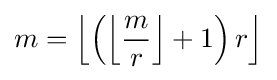
m=\left\lfloor \left(\left\lfloor {\frac {m}{r}}\right\rfloor +1\right)r\right\rfloor